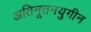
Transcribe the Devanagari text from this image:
अतिनूतनयुगीन